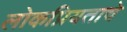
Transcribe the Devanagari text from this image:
लोकप्रियताचे